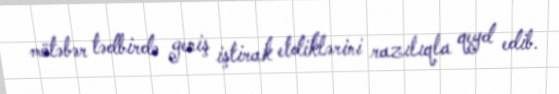
mötəbər tədbirdə geniş iştirak etdiklərini razılıqla qeyd edib.